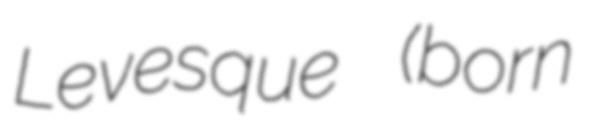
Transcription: Levesque (born